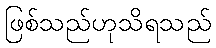
ဖြစ်သည်ဟုသိရသည်